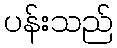
ပန်းသည်